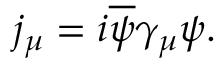
j _ { \mu } = i \overline { { { \psi } } } \gamma _ { \mu } \psi .